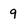
Character: q